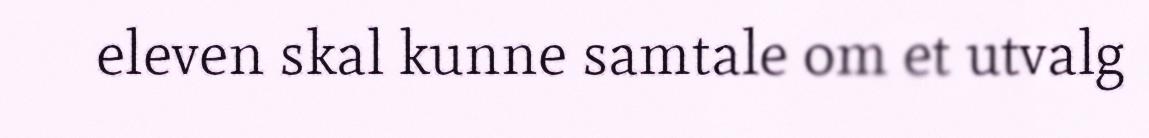
eleven skal kunne samtale om et utvalg